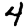
Digit: 4